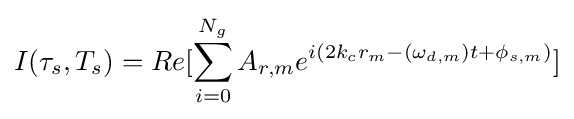
I(\tau _{s},T_{s})=Re[\sum _{i=0}^{N_{g}}A_{r,m}e^{i(2k_{c}r_{m}-(\omega _{d,m})t+\phi _{s,m})}]